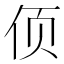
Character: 㑔